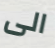
الى